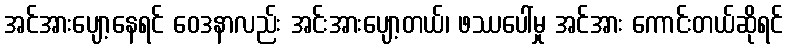
အင်အားပျော့နေရင် ဝေဒနာလည်း အင်းအားပျော့တယ်၊ ဖဿပေါ်မှု အင်အား ကောင်းတယ်ဆိုရင်